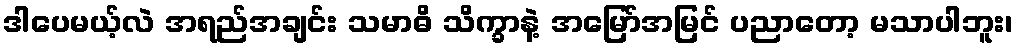
ဒါပေမယ့်လဲ အရည်အချင်း သမာဓိ သိက္ခာနဲ့ အမြော်အမြင် ပညာတော့ မသာပါဘူး၊